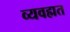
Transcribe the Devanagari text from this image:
व्यवह्मत